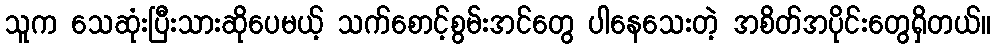
သူက သေဆုံးပြီးသားဆိုပေမယ့် သက်စောင့်စွမ်းအင်တွေ ပါနေသေးတဲ့ အစိတ်အပိုင်းတွေရှိတယ်။